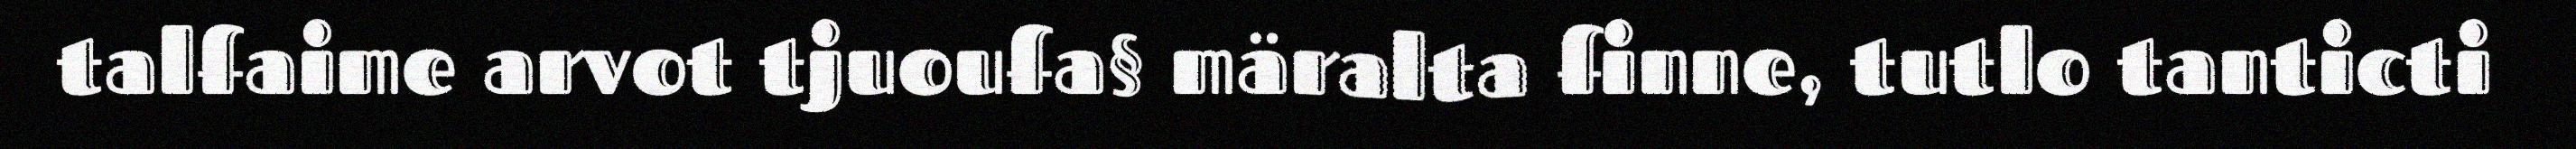
talfaime arvot tjuoufa§ märalta finne, tutlo tanticti